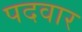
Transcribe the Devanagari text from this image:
पदवार